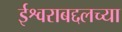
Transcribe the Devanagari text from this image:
ईश्वराबद्दलच्या